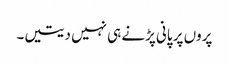
پروں پر پانی پڑنے ہی نہیں دیتیں۔